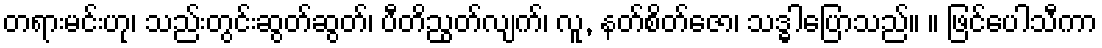
တရားမင်းဟု၊ သည်းတွင်းဆွတ်ဆွတ်၊ ပီတိညွတ်လျက်၊ လူ, နတ်စိတ်ဇော၊ သဒ္ဓါပြောသည်။ ။ ဖြင်ပေါသီကာ